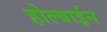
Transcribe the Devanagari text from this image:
होल्बाईन